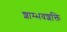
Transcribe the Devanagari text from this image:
शाम्भवशक्ति